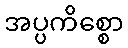
အပ္ပကိစ္စော